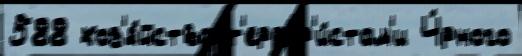
588 хоз'я́йства т'еррор'и́стам'и Ч́рного